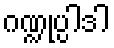
ဂဏ္ဍုပ္ပါဒါ